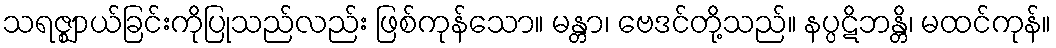
သရဇ္ဈာယ်ခြင်းကိုပြုသည်လည်း ဖြစ်ကုန်သော။ မန္တာ၊ ဗေဒင်တို့သည်။ နပ္ပဋိဘန္တိ၊ မထင်ကုန်။